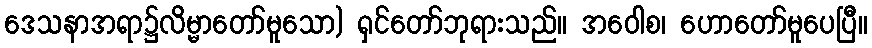
ဒေသနာအရာ၌လိမ္မာတော်မူသော) ရှင်တော်ဘုရားသည်။ အဝေါစ၊ ဟောတော်မူပေပြီ။